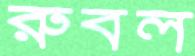
রুবল